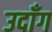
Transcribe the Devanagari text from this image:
उदाँग